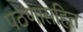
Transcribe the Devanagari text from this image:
पठणासहित